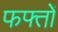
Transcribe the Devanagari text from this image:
फफ्तों